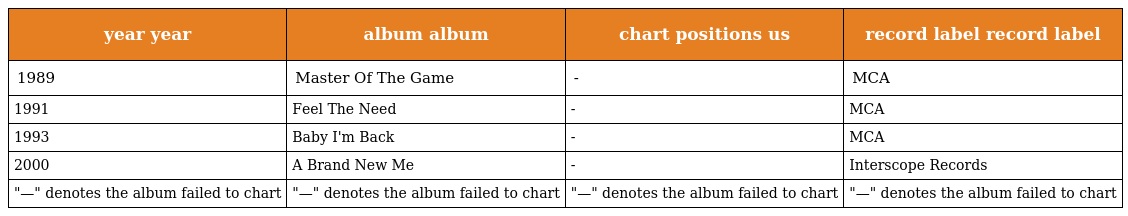
| year year | album album | chart positions us | record label record label |
 | --- | --- | --- | --- |
 | 1989 | Master Of The Game | - | MCA |
 | 1991 | Feel The Need | - | MCA |
 | 1993 | Baby I'm Back | - | MCA |
 | 2000 | A Brand New Me | - | Interscope Records |
 | "—" denotes the album failed to chart | "—" denotes the album failed to chart | "—" denotes the album failed to chart | "—" denotes the album failed to chart |